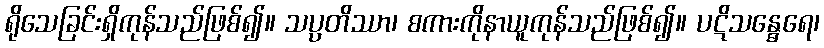
ရိုသေခြင်းရှိကုန်သည်ဖြစ်၍။ သပ္ပတိဿာ၊ စကားကိုနာယူကုန်သည်ဖြစ်၍။ ပဋိသန္ဓေရေ၊